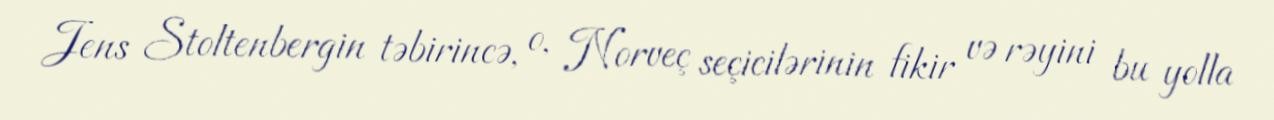
Jens Stoltenbergin təbirincə, o, Norveç seçicilərinin fikir və rəyini bu yolla